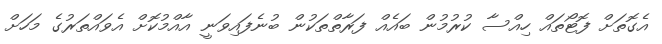
އެގޮތަށް ފޮޓޯތައް ހިއްސާ ކުރުމުން ބައެއް ފަރާތްތަކުން ބުނެފައިވަނީ އާއްމުކޮށް އެވައްތަރުގެ މަހަށް